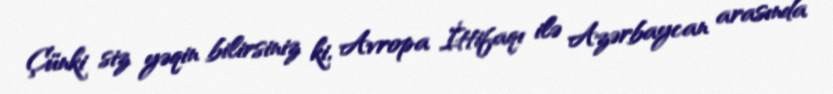
Çünki siz yəqin bilirsiniz ki, Avropa İttifaqı ilə Azərbaycan arasında